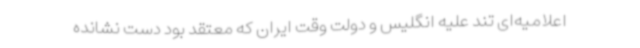
اعلامیه‌ای تند علیه انگلیس و دولت وقت ایران که معتقد بود دست نشانده